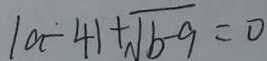
\vert a - 4 \vert + \sqrt { b - 9 } = 0